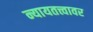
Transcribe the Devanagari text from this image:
न्यायतत्त्वावर